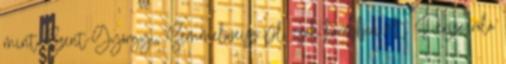
mint Szent-Györgyi, Semmelweisz pl, csak korábban élt. Persze róla